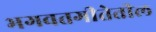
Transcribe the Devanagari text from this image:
भगवतगीतेतील